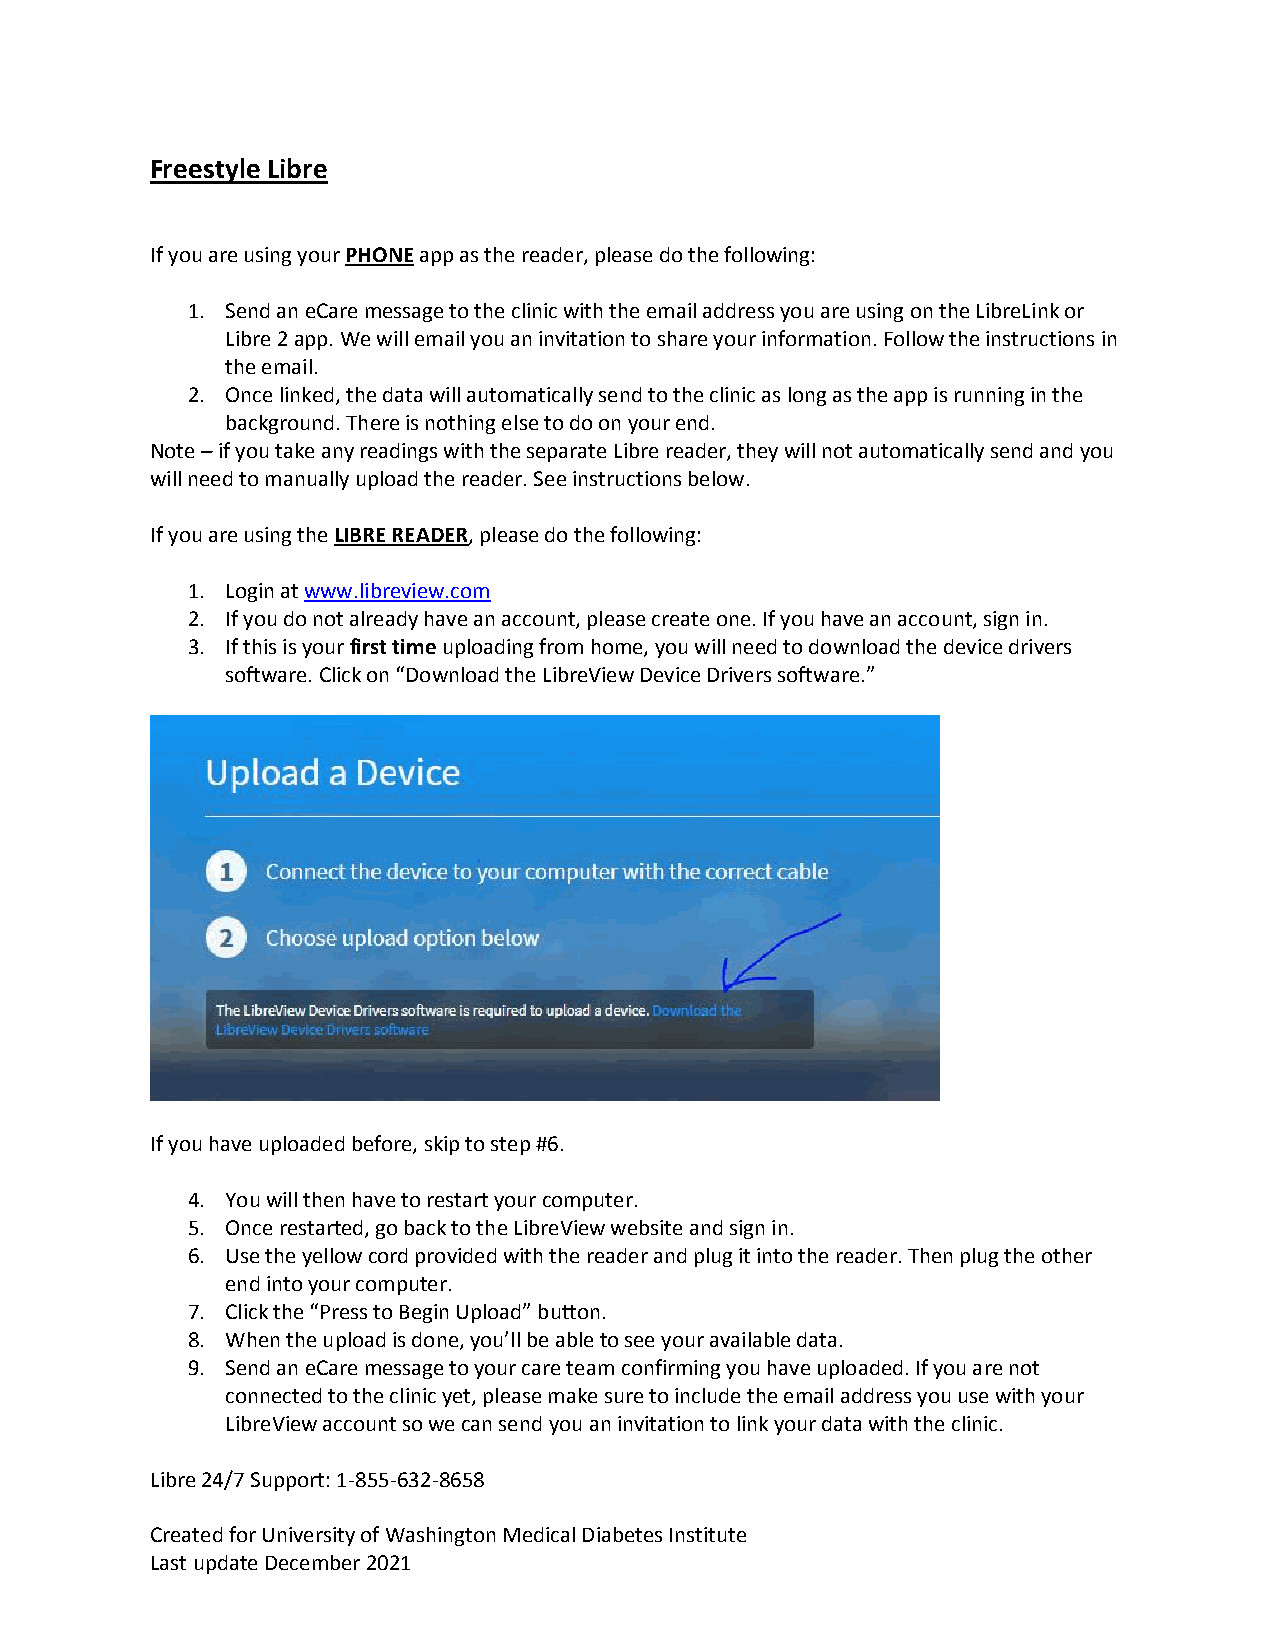
Freestyle Libre
 If you are using your PHONE app as the reader, please do the following:
 1. Send an eCare message to the clinic with the email address you are using on the LibreLink or
 Libre 2 app. We will email you an invitation to share your information. Follow the instructions in
 the email.
 2. Once linked, the data will automatically send to the clinic as long as the app is running in the
 background. There is nothing else to do on your end.
 Note – if you take any readings with the separate Libre reader, they will not automatically send and you
 will need to manually upload the reader. See instructions below.
 If you are using the LIBRE READER, please do the following:
 1. Login at www.libreview.com
 2. If you do not already have an account, please create one. If you have an account, sign in.
 3. If this is your first time uploading from home, you will need to download the device drivers
 software. Click on “Download the LibreView Device Drivers software.”
 If you have uploaded before, skip to step #6.
 4. You will then have to restart your computer.
 5. Once restarted, go back to the LibreView website and sign in.
 6. Use the yellow cord provided with the reader and plug it into the reader. Then plug the other
 end into your computer.
 7. Click the “Press to Begin Upload” button.
 8. When the upload is done, you’ll be able to see your available data.
 9. Send an eCare message to your care team confirming you have uploaded. If you are not
 connected to the clinic yet, please make sure to include the email address you use with your
 LibreView account so we can send you an invitation to link your data with the clinic.
 Libre 24/7 Support: 1-855-632-8658
 Created for University of Washington Medical Diabetes Institute
 Last update December 2021